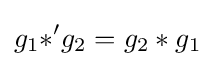
g_{1}{\mathbin {\ast '}}g_{2}=g_{2}*g_{1}